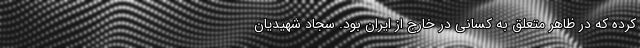
کرده که در ظاهر متعلق به کسانی در خارج از ایران بود. سجاد شهیدیان